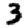
Digit: 3